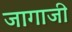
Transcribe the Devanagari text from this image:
जागाजी